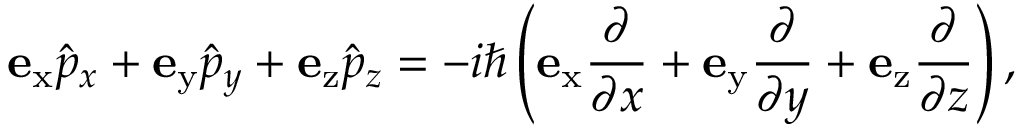
\mathbf { e } _ { \mathrm { x } } { \hat { p } } _ { x } + \mathbf { e } _ { \mathrm { y } } { \hat { p } } _ { y } + \mathbf { e } _ { \mathrm { z } } { \hat { p } } _ { z } = - i \hbar \left( \mathbf { e } _ { \mathrm { x } } { \frac { \partial } { \partial x } } + \mathbf { e } _ { \mathrm { y } } { \frac { \partial } { \partial y } } + \mathbf { e } _ { \mathrm { z } } { \frac { \partial } { \partial z } } \right) ,